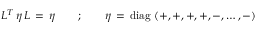
L ^ { T } \, \eta \, L \, = \, \eta \qquad ; \qquad \eta \, = \, \mathrm { d i a g } \, \left( + , + , + , + , - , \dots , - \right)